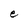
Character: e